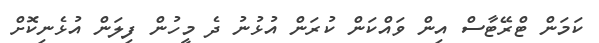
ކަމަން ޓްރޭޓާސް އިން ވައްކަން ކުރަން އުޅުނު ދެ މީހުން ފިލަން އުޅެނިކޮށް